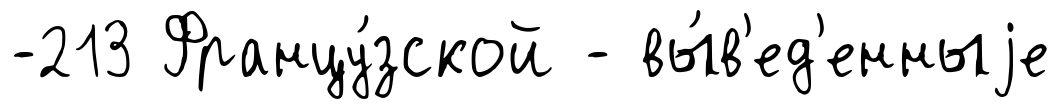
-213 Францу́зской - вы́в'ед'енныjе